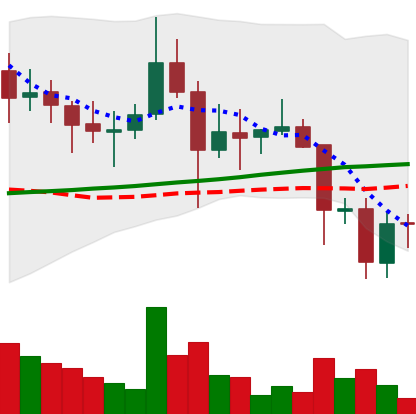
Ticker: DOGE-USD
Chart end date: 2021-11-20
Forward return: -7.166%
Label: down_7plus